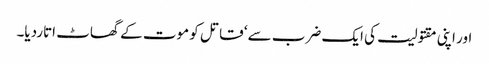
اور اپنی مقتولیت کی ایک ضرب سے‘ قاتل کو موت کے گھاٹ اتاردیا۔